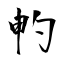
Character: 畃